Annual report on the health of the army in India
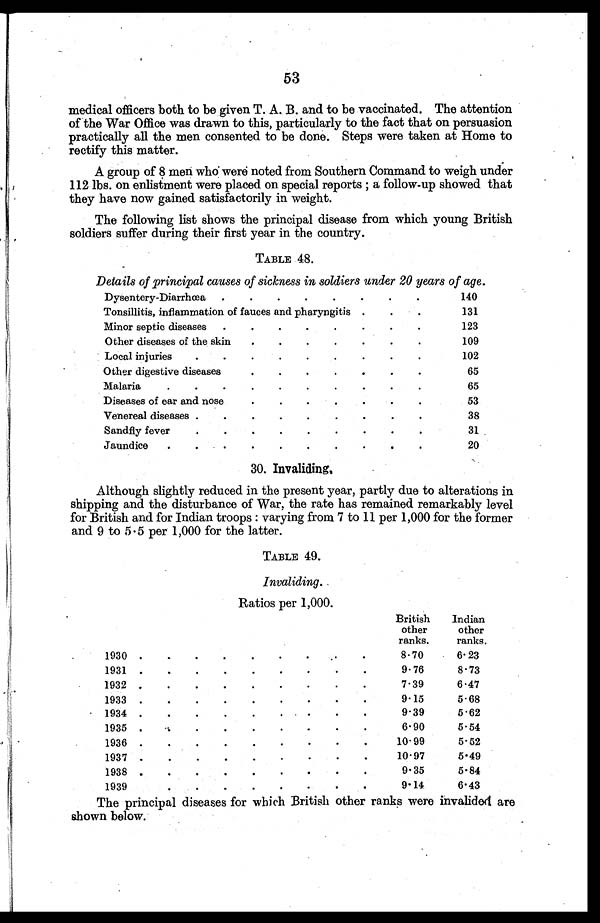
53
medical officers both to be given T. A. B. and to be vaccinated. The attention
of the War Office was drawn to this, particularly to the fact that on persuasion
practically all the men consented to be done. Steps were taken at Home to
rectify this matter.
A group of 8 men who were noted from Southern Command to weigh under
112 lbs. on enlistment were placed on special reports ; a follow-up showed that
they have now gained satisfactorily in weight.
The following list shows the principal disease from which young British
soldiers suffer during their first year in the country.
TABLE 48.
Details of principal names of sickness in soldiers under 20 years of age.
Dysentery-Diarrhœa
.
.
.
.
.
.
.
.
140
Tonsillitis, inflammation of fauces and pharyngitis
.
.
131
Minor septic diseases
.
.
.
.
.
.
.
.
123
Other diseases of the skin
.
.
.
.
.
.
.
1 0 9
Local injurie
.
.
.
.
.
.
.
.
.
102
Other digestive disease
.
.
.
.
.
.
.
6 5
Malaria.
.
.
.
.
.
.
.
.
.
6 5
Diseases of ear and nose
.
.
.
.
.
.
.
5 3
Venereal disease
.
.
.
.
.
.
.
.
3 8
Sandfly fever
.
. .
.
.
.
.
.
.
.
3 1
Jaundice
. .
.
.
.
.
.
.
.
.
2 0
30. Invaliding.
Although slightly reduced in the present year, partly due to alterations in
shipping and the disturbance of War, the rate has remained remarkably level
for British and for Indian troops : varying from 7 to 11 per 1,000 for the former
and 9 to 5.5 per 1,000 for the latter.
TABLE 49.
Invaliding.
Ratios Der 1,000.
British
other
ranks.
Indian
other
ranks.
1930 .
.
.
.
.
.
.
.
.
8.70
6.23
1931 .
.
.
.
.
.
.
.
.
9.76
8.73
1932 .
.
.
.
.
.
.
.
.
7.39
6.47
1933 .
.
.
.
.
.
.
.
.
9.15
5.68
1934 .
.
.
.
.
.
.
.
.
9.39
5.62
1935
.
.
.
.
.
.
.
.
.
6.90
5.54
1936 .
•
•
•
•
•
•
•
•
10.99
5.52
1937 .
.
.
.
.
•
•
•
•
10.97
5.49
1938
.
.
.
.
.
.
.
.
.
9.35
5.84
1 9 3 9
.
.
.
.
.
.
.
.
9 . 14
6.43
The principal diseases for which British other ranks were invalided are
shown below.